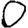
Digit: 0